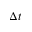
\Delta t